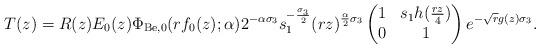
LaTeX: \begin{align*}T(z) = R(z)E_{0}(z)\Phi_{\mathrm{Be},0}(rf_{0}(z);\alpha)2^{-\alpha \sigma_{3}}s_{1}^{-\frac{\sigma_{3}}{2}}(rz)^{\frac{\alpha}{2}\sigma_{3}}\begin{pmatrix}1 & s_{1}h(\frac{rz}{4}) \\ 0 & 1\end{pmatrix}e^{-\sqrt{r}g(z)\sigma_{3}}.\end{align*}